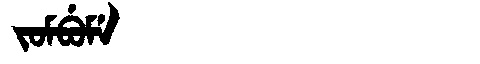
Manchu: ᠵᠣᠮᠪᡠᠮᡝ
Romanization: JOMBUME